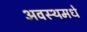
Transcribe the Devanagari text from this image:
अवस्थमधे